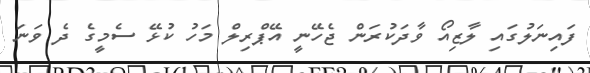
ފައިނަލުގައި ލާޒިއޯ ވާދަކުރަން ޖެހޭނީ އޭޕްރިލް މަހު ކުޅޭ ސެމީގެ ދެ ވަނަ